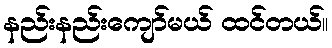
နည်းနည်းကျော်မယ် ထင်တယ်။